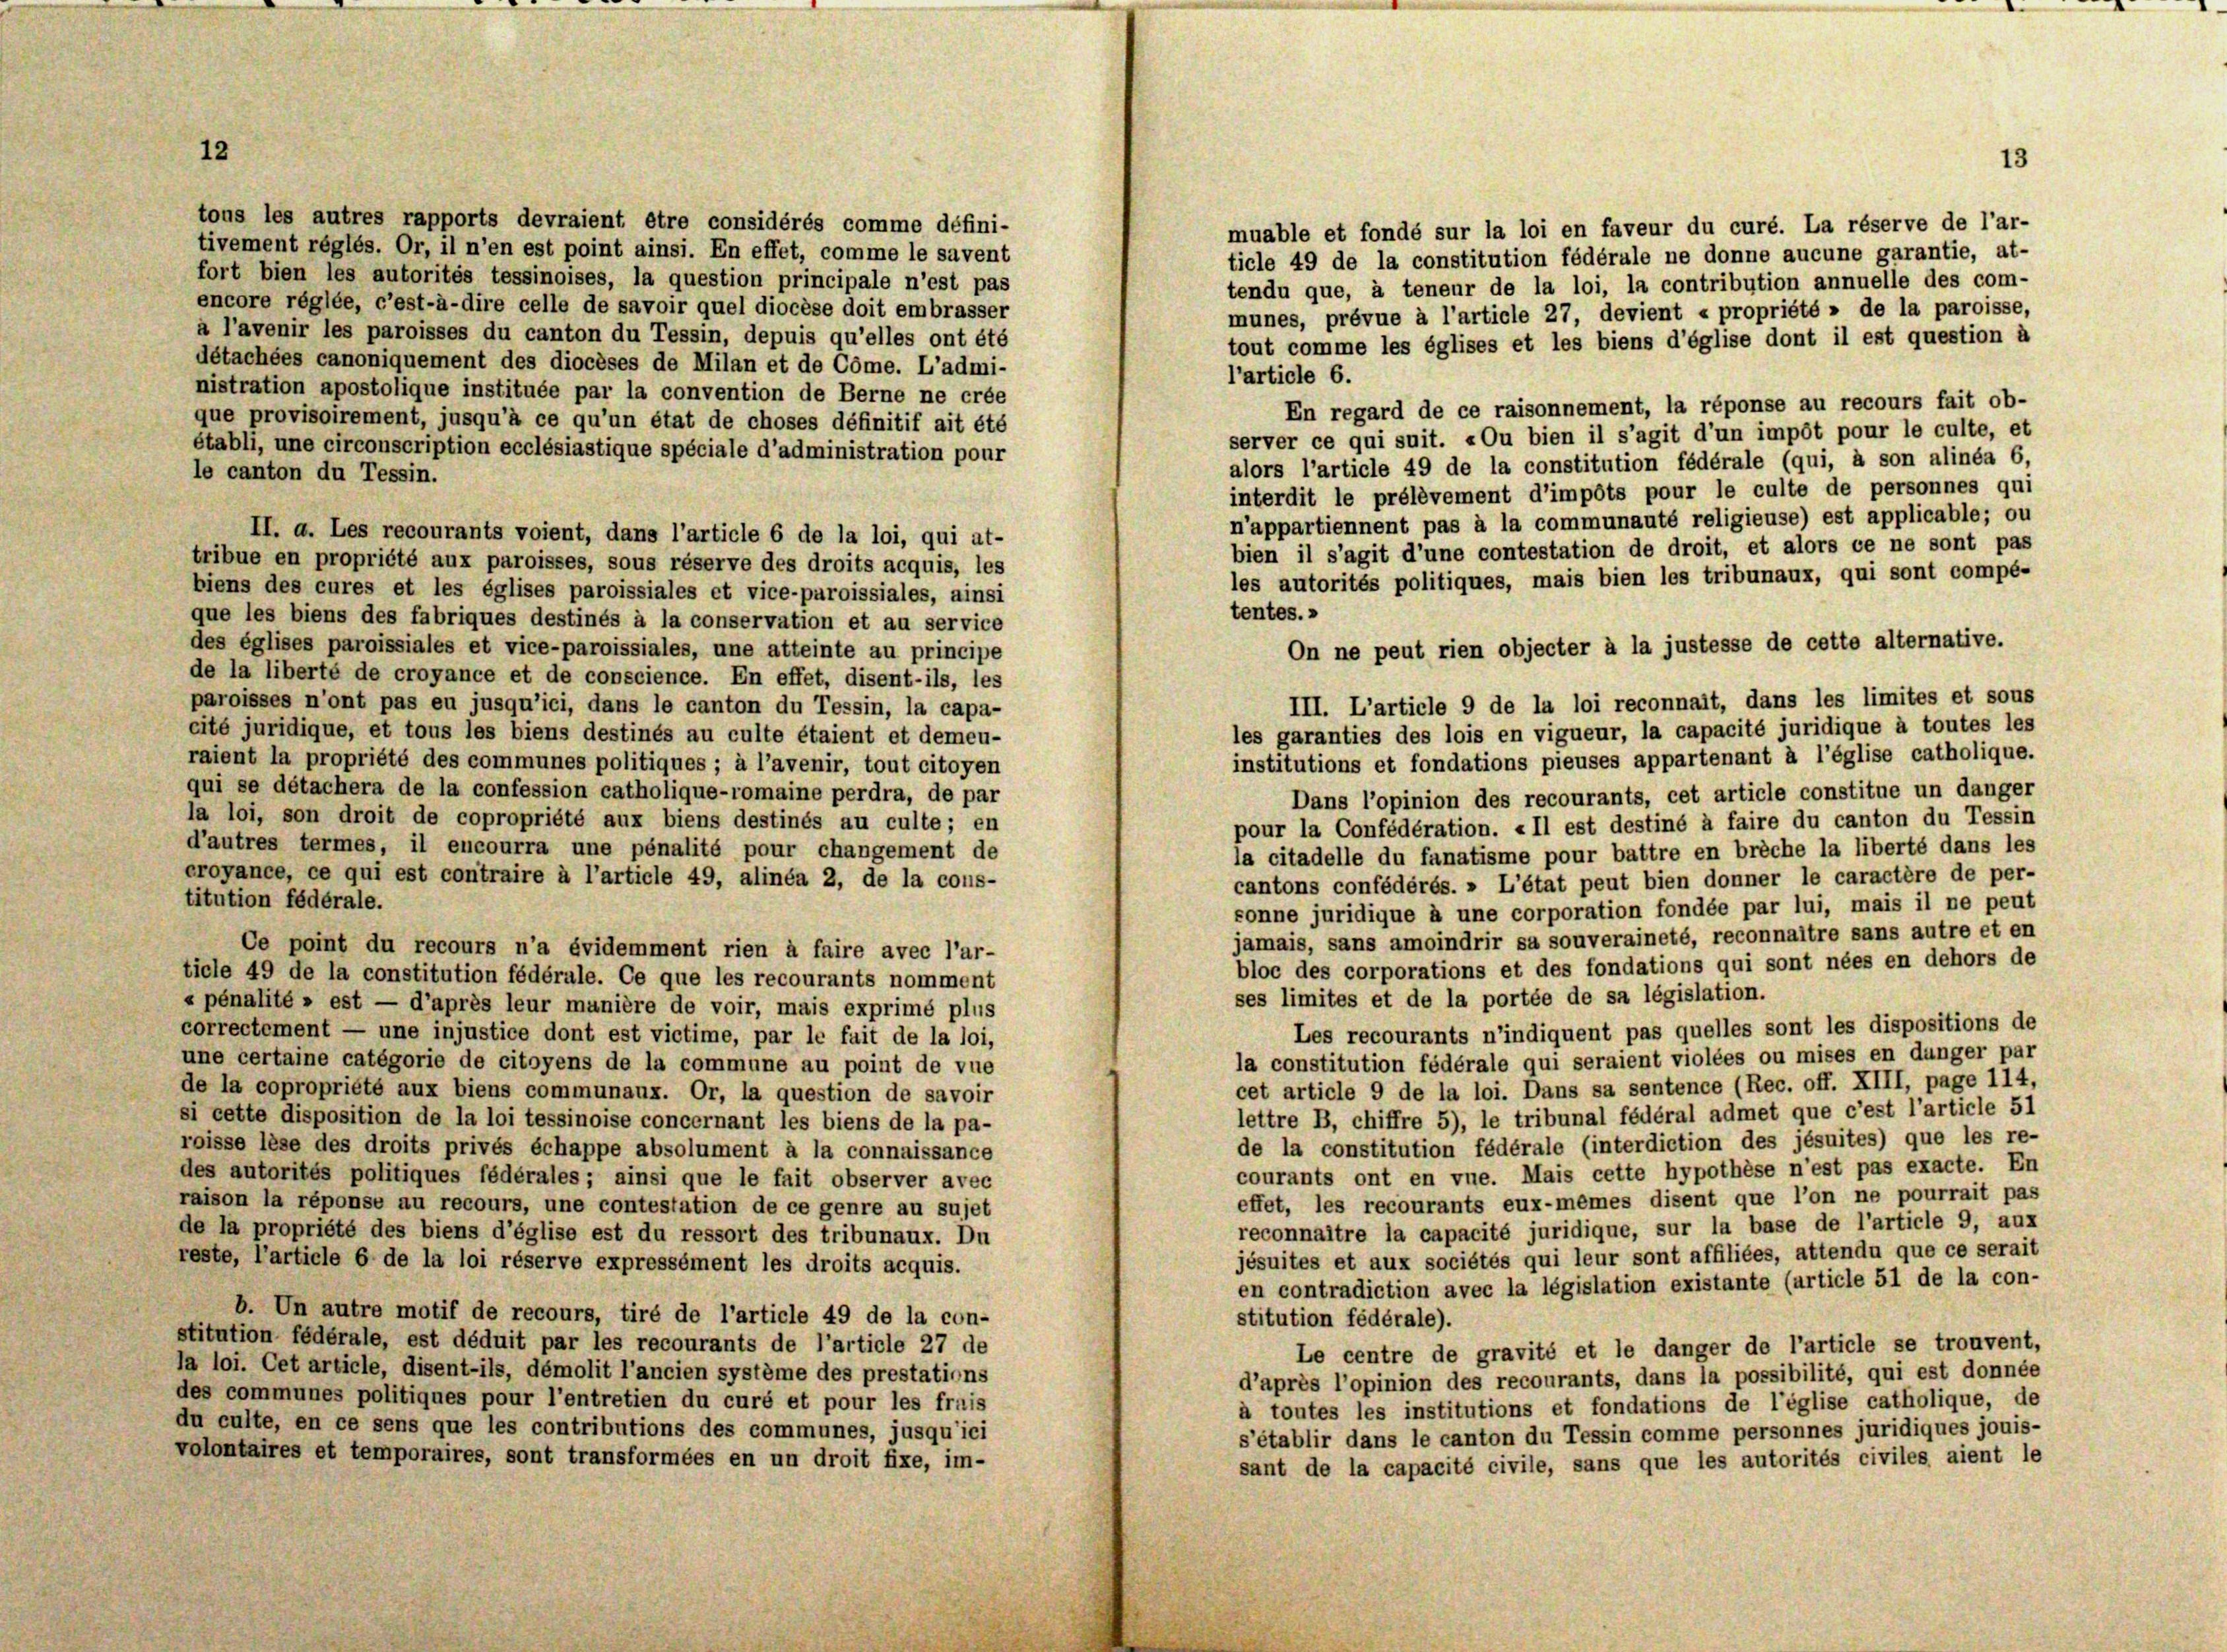
tous les autres rapports devraient être considérés comme défini-
muable et fondé sur la loi en faveur du curé. La réserve de l’ar-
tivement réglés. Or, il n’en est point ainsi. En effet, comme le savent
ticle 49 de la constitution fédérale ne donne aucune garantie, at-
fort bien les autorités tessinoises, la question principale n’est pas
tendu que, à teneur de la loi, la contribution annuelle des com-
encore réglée, c’est-à-dire celle de savoir quel diocèse doit embrasser
munes, prévue à l’article 27, devient « propriété » de la paroisse,
à l’avenir les paroisses du canton du Tessin, depuis qu’elles ont été
tout comme les églises et les biens d’église dont il est question à
détachées canoniquement des diocèses de Milan et de Cöme. L’admi-
l’article 6.
nistration apostolique instituée par la convention de Berne ne crée
En regard de ce raisonnement, la réponse au recours fait ob-
que provisoirement, jusqu’à ce qu’un état de choses définitif ait été
server ce qui suit. «Ou bien il s’agit d’un impôt pour le culte, et
établi, une circonscription ecclésiastique spéciale d’administration pour
alors l’article 49 de la constitution fédérale (qui, à son alinéa 6,
le canton du Tessin.
interdit le prélèvement d’impôts pour le culte de personnes qui
n’appartiennent pas à la communauté religieuse) est applicable; ou
II. a. Les recourants voient, dans l’article 6 de la loi, qui at-
bien il s’agit d’une contestation de droit, et alors ce ne sont pas
tribue en propriété aux paroisses, sous réserve des droits acquis, les
les autorités politiques, mais bien les tribunaux, qui sont compé-
biens des cures et les églises paroissiales et vice-paroissiales, ainsi
tentes.»
que les biens des fabriques destinés à la conservation et au service
On ne peut rien objecter à la justesse de cette alternative.
des églises paroissiales et vice-paroissiales, une atteinte au principe
de la liberté de croyance et de conscience. En effet, disent-ils, les
III. L’article 9 de la loi reconnait, dans les limites et sous
paroisses n’ont pas eu jusqu’ici, dans le canton du Tessin, la capa-
les garanties des lois en vigueur, la capacité juridique à toutes les
cité juridique, et tous les biens destinés au culte étaient et demeu-
institutions et fondations pieuses appartenant à l’église catholique.
raient la propriété des communes politiques ; à l’avenir, tout citoyen
qui se détachera de la confession catholique-romaine perdra, de par
Dans l’opinion des recourants, cet article constitue un danger
la loi, son droit de copropriété aux biens destinés au culte; en
pour la Confédération. « Il est destiné à faire du canton du Tessin
d’autres termes, il encourra une pénalité pour changement de
la citadelle du fanatisme pour battre en breche la liberté dans les
croyance, ce qui est contraire à l’article 49, alinéa 2, de la cons-
cantons confédérés. » L’état peut bien donner le caractère de per-
titution fédérale.
sonne juridique à une corporation fondée par lui, mais il ne peut
jamais, sans amoindrir sa souveraineté, reconnaître sans autre et en
Ce point du recours n’a évidemment rien à faire avec l’ar-
bloc des corporations et des fondations qui sont nées en dehors de
ticle 49 de la constitution fédérale. Ce que les recourants nomment
ses limites et de la portée de sa législation.
« pénalité » est — d’après leur manière de voir, mais exprimé plus
Les recourants n’indiquent pas quelles sont les dispositions de
correctement — une injustice dont est victime, par le fait de la loi,
la constitution fédérale qui seraient violées ou mises en dunger par
une certaine catégorie de citoyens de la commune au point de vue
cet article 9 de la loi. Dans sa sentence (Rec. off. XIII, page 114,
de la copropriété aux biens communaux. Or, la question de savoir
lettre B, chiffre 5), le tribunal fédéral admet que c’est l’article 51
si cette disposition de la loi tessinoise concernant les biens de la pa-
de la constitution fédérale (interdiction des jésuites) que les re-
roisse lèse des droits privés échappe absolument à la connaissance
courants ont en vue. Mais cette hypothèse n’est pas exacte. En
des autorités politiques fédérales; ainsi que le fait observer avec
effet, les recourants eux-mêmes disent que l’on ne pourrait pas
raison la réponse au recours, une contestation de ce genre au sujet
reconnaître la capacité juridique, sur la base de l’article 9, aux
de la propriété des biens d’église est du ressort des tribunaux. Du
jésuites et aux sociétés qui leur sont affiliées, attendu que ce serait
reste, l’article 6 de la loi réserve expressément les droits acquis.
en contradiction avec la législation existante (article 51 de la con-
b. Un autre motif de recours, tiré de l’article 49 de la con-
stitution fédérale).
stitution fédérale, est déduit par les recourants de l’article 27 de
Le centre de gravité et le danger de l’article se trouvent,
la loi. Cet article, disent-ils, démolit l’ancien système des prestations
d’après l’opinion des recourants, dans la possibilité, qui est donnée
des communes politiques pour l’entretien du curé et pour les frais
à toutes les institutions et fondations de l’église catholique, de
du culte, en ce sens que les contributions des communes, jusqu’ici
s’établir dans le canton du Tessin comme personnes juridiques jouis-
volontaires et temporaires, sont transformées en un droit fixe, im-
sant de la capacité civile, sans que les autorités civiles aient le

13